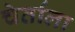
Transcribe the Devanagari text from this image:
चेर्ताला